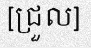
[ជ្រួល]